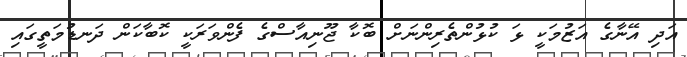
އަދި އޭނާގެ އަޒުމަކީ ޅަ ކުޅުންތެރިންނަށް ބޮކާ ޖޫނިއާސްގެ ފެންވަރަކީ ކޮބާކަން ދަނޑުމަތީގައި